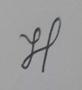
Signature authenticity: genuine